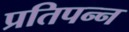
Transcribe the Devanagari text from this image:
प्रतिपन्न